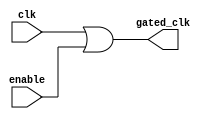
module clock_gating (
    input wire clk,          // Primary clock signal
    input wire enable,       // Enable signal to control clock gating
    output wire gated_clk    // Gated clock signal for the memory block
);

// The gated clock is generated using an OR gate
assign gated_clk = clk | enable;

endmodule